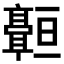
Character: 𬴠